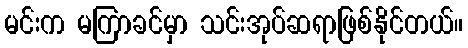
မင်းက မကြာခင်မှာ သင်းအုပ်ဆရာဖြစ်နိုင်တယ်။